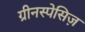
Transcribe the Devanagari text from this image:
ग्रीनस्पेसिज़